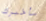
سأخبرك